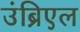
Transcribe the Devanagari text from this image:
उंब्रिएल